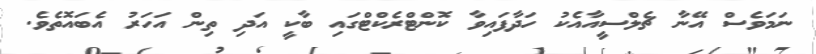
ނަމަވެސް އޭނާ ޗެލްސީއާއެކު ހަދާފައިވާ ކޮންޓްރެކްޓްގައި ބާކީ އަދި ތިން އަހަރު އެބައޮތެވެ.